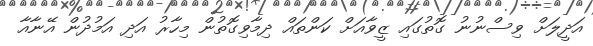
އަދީލަށް ވިސްނުނު ގޮތުގައި ޒީވާއަށް ކަންތައް ދިމާވިގޮތުން މިހާރު އަދި އަމުދުން އޭނާއާ